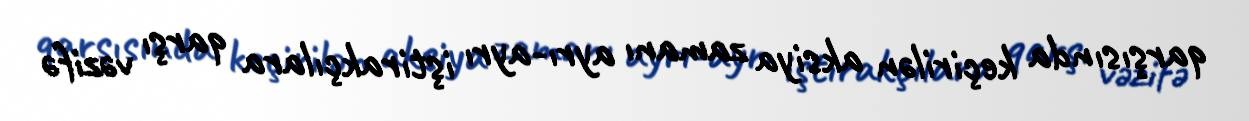
qarşısında keçirilən aksiya zamanı ayrı-ayrı iştirakçılara qarşı vəzifə